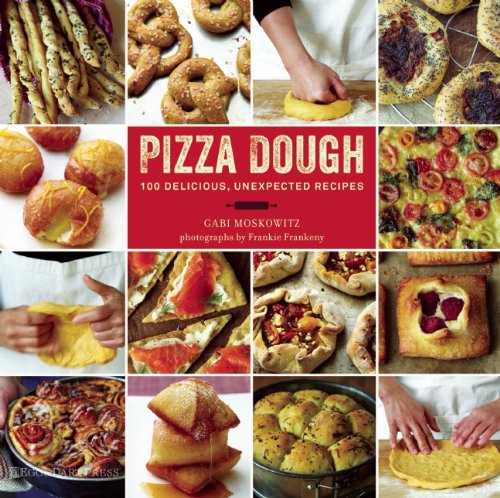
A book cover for Pizza Dough: 100 Delicious, Unexpected Recipes; Gabi Moskowitz; Cookbooks, Food & Wine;